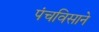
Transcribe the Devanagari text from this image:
पंचविसाने